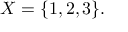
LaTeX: X = \{ 1 , 2 , 3 \} .